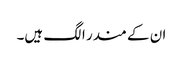
ان کے مندر الگ ہیں۔